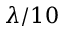
\lambda / 1 0